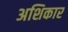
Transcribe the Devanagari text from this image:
अशिकार